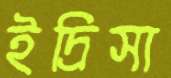
ইদ্রিসা